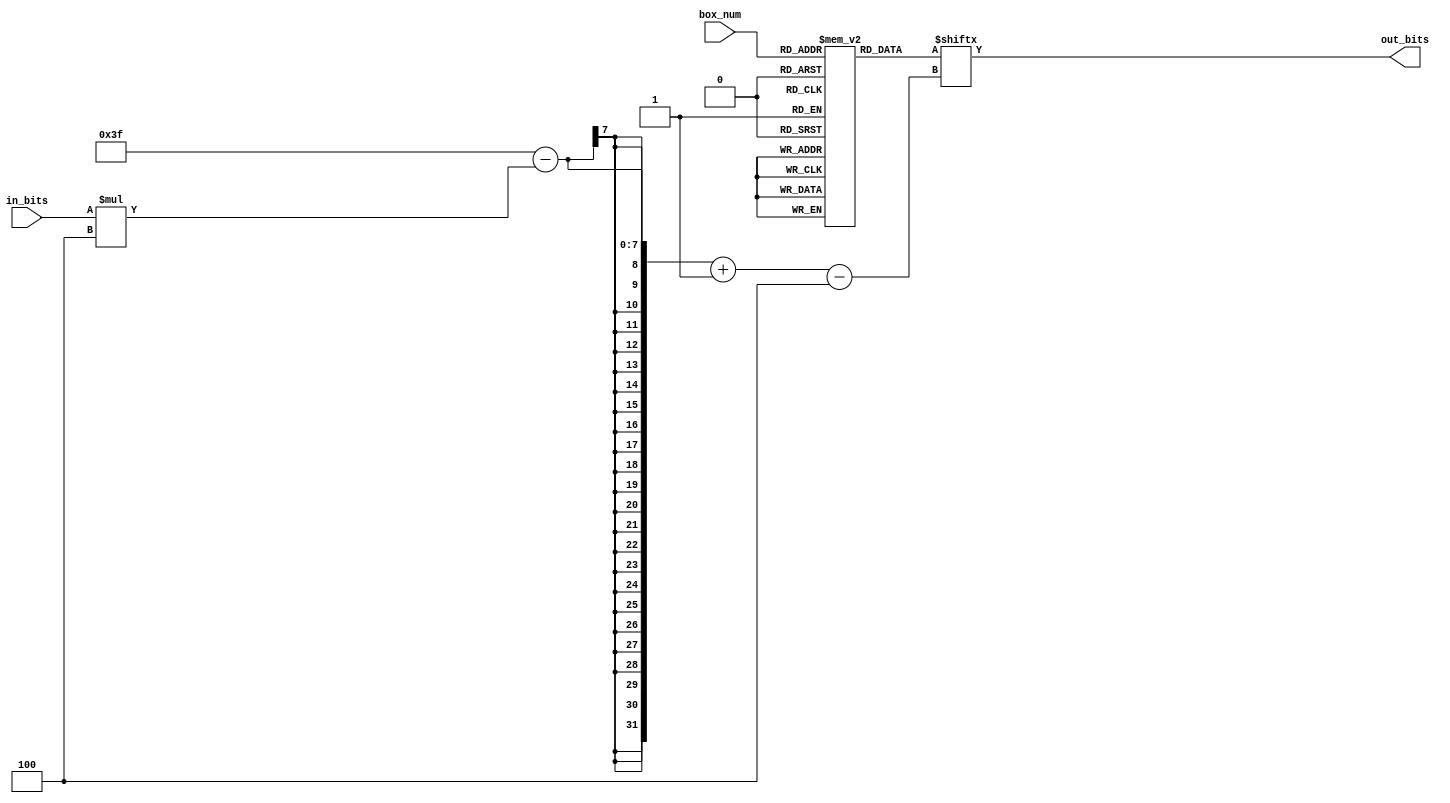
`timescale 1ns / 1ps
//////////////////////////////////////////////////////////////////////////////////

module sbox_inv_d(
        input wire [3:0] in_bits,
        output reg [3:0] out_bits,
        input [2:0] box_num
    );
  
    reg [63:0] s_boxes [0:7];
    
    initial begin // defining s-boxes
        s_boxes[0] <= 64'b1011_1000_0101_1111_1101_0010_1010_0001_1100_0111_0110_1001_0000_1110_0011_0100;
        s_boxes[1] <= 64'b1010_1101_1111_1000_0100_1110_0011_0101_0001_0010_0110_1011_0111_1001_1100_0000; 
        s_boxes[2] <= 64'b0011_0000_1101_1010_1111_0110_1000_0101_1001_1100_0111_0001_0010_1011_0100_1110; 
        s_boxes[3] <= 64'b0000_1100_1101_0010_0101_0011_0110_1111_1001_1010_0111_0001_1110_0100_1011_1000; 
        s_boxes[4] <= 64'b1010_0100_0101_0010_0001_1101_1110_1011_0000_0011_1001_1111_1100_0110_0111_1000; 
        s_boxes[5] <= 64'b0001_1101_0010_1110_0100_1010_1011_0101_1111_0110_1000_0011_1001_1100_0111_0000;
        s_boxes[6] <= 64'b1111_0010_1010_0100_1000_0111_0110_0001_0101_1001_1100_0011_1011_1110_0000_1101;
        s_boxes[7] <= 64'b1100_1010_1001_0101_0110_1101_1111_0010_0000_0011_0111_1000_1011_1110_0001_0100;
    end 
    
    always @(in_bits or box_num)
    begin
        // address the s-box and assign the out_bits based on in_bits
        out_bits = s_boxes[box_num][63-in_bits*4 -: 4];
    end

    
endmodule